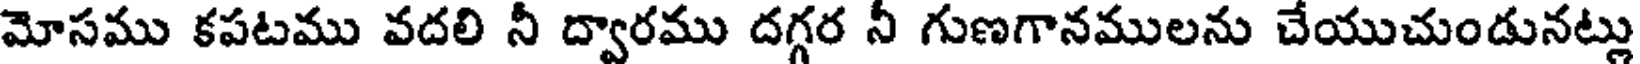
మోసము కపటము వదలి నీ ద్వారము దగ్గర నీ గుణగానములను చేయుచుండునట్లు